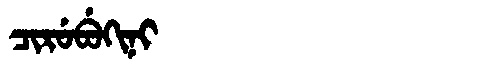
Manchu: ᠴᡳᡵᡠᠪᡠᡴᡳᠨᡳ
Romanization: CIRUBUKINI